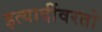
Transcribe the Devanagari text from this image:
इत्यादींवरतो